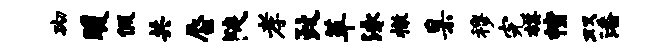
砌暖假共蜃陡孝政革泳撤臬穆完棋幢双潘